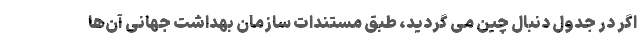
اگر در جدول دنبال چین می گردید، طبق مستندات سازمان بهداشت جهانی آن‌ها